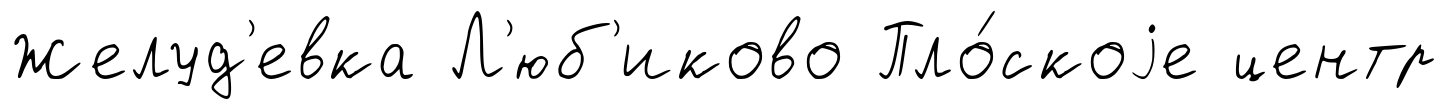
Желуд'евка Л'юб'иково Пло́скоjе центр